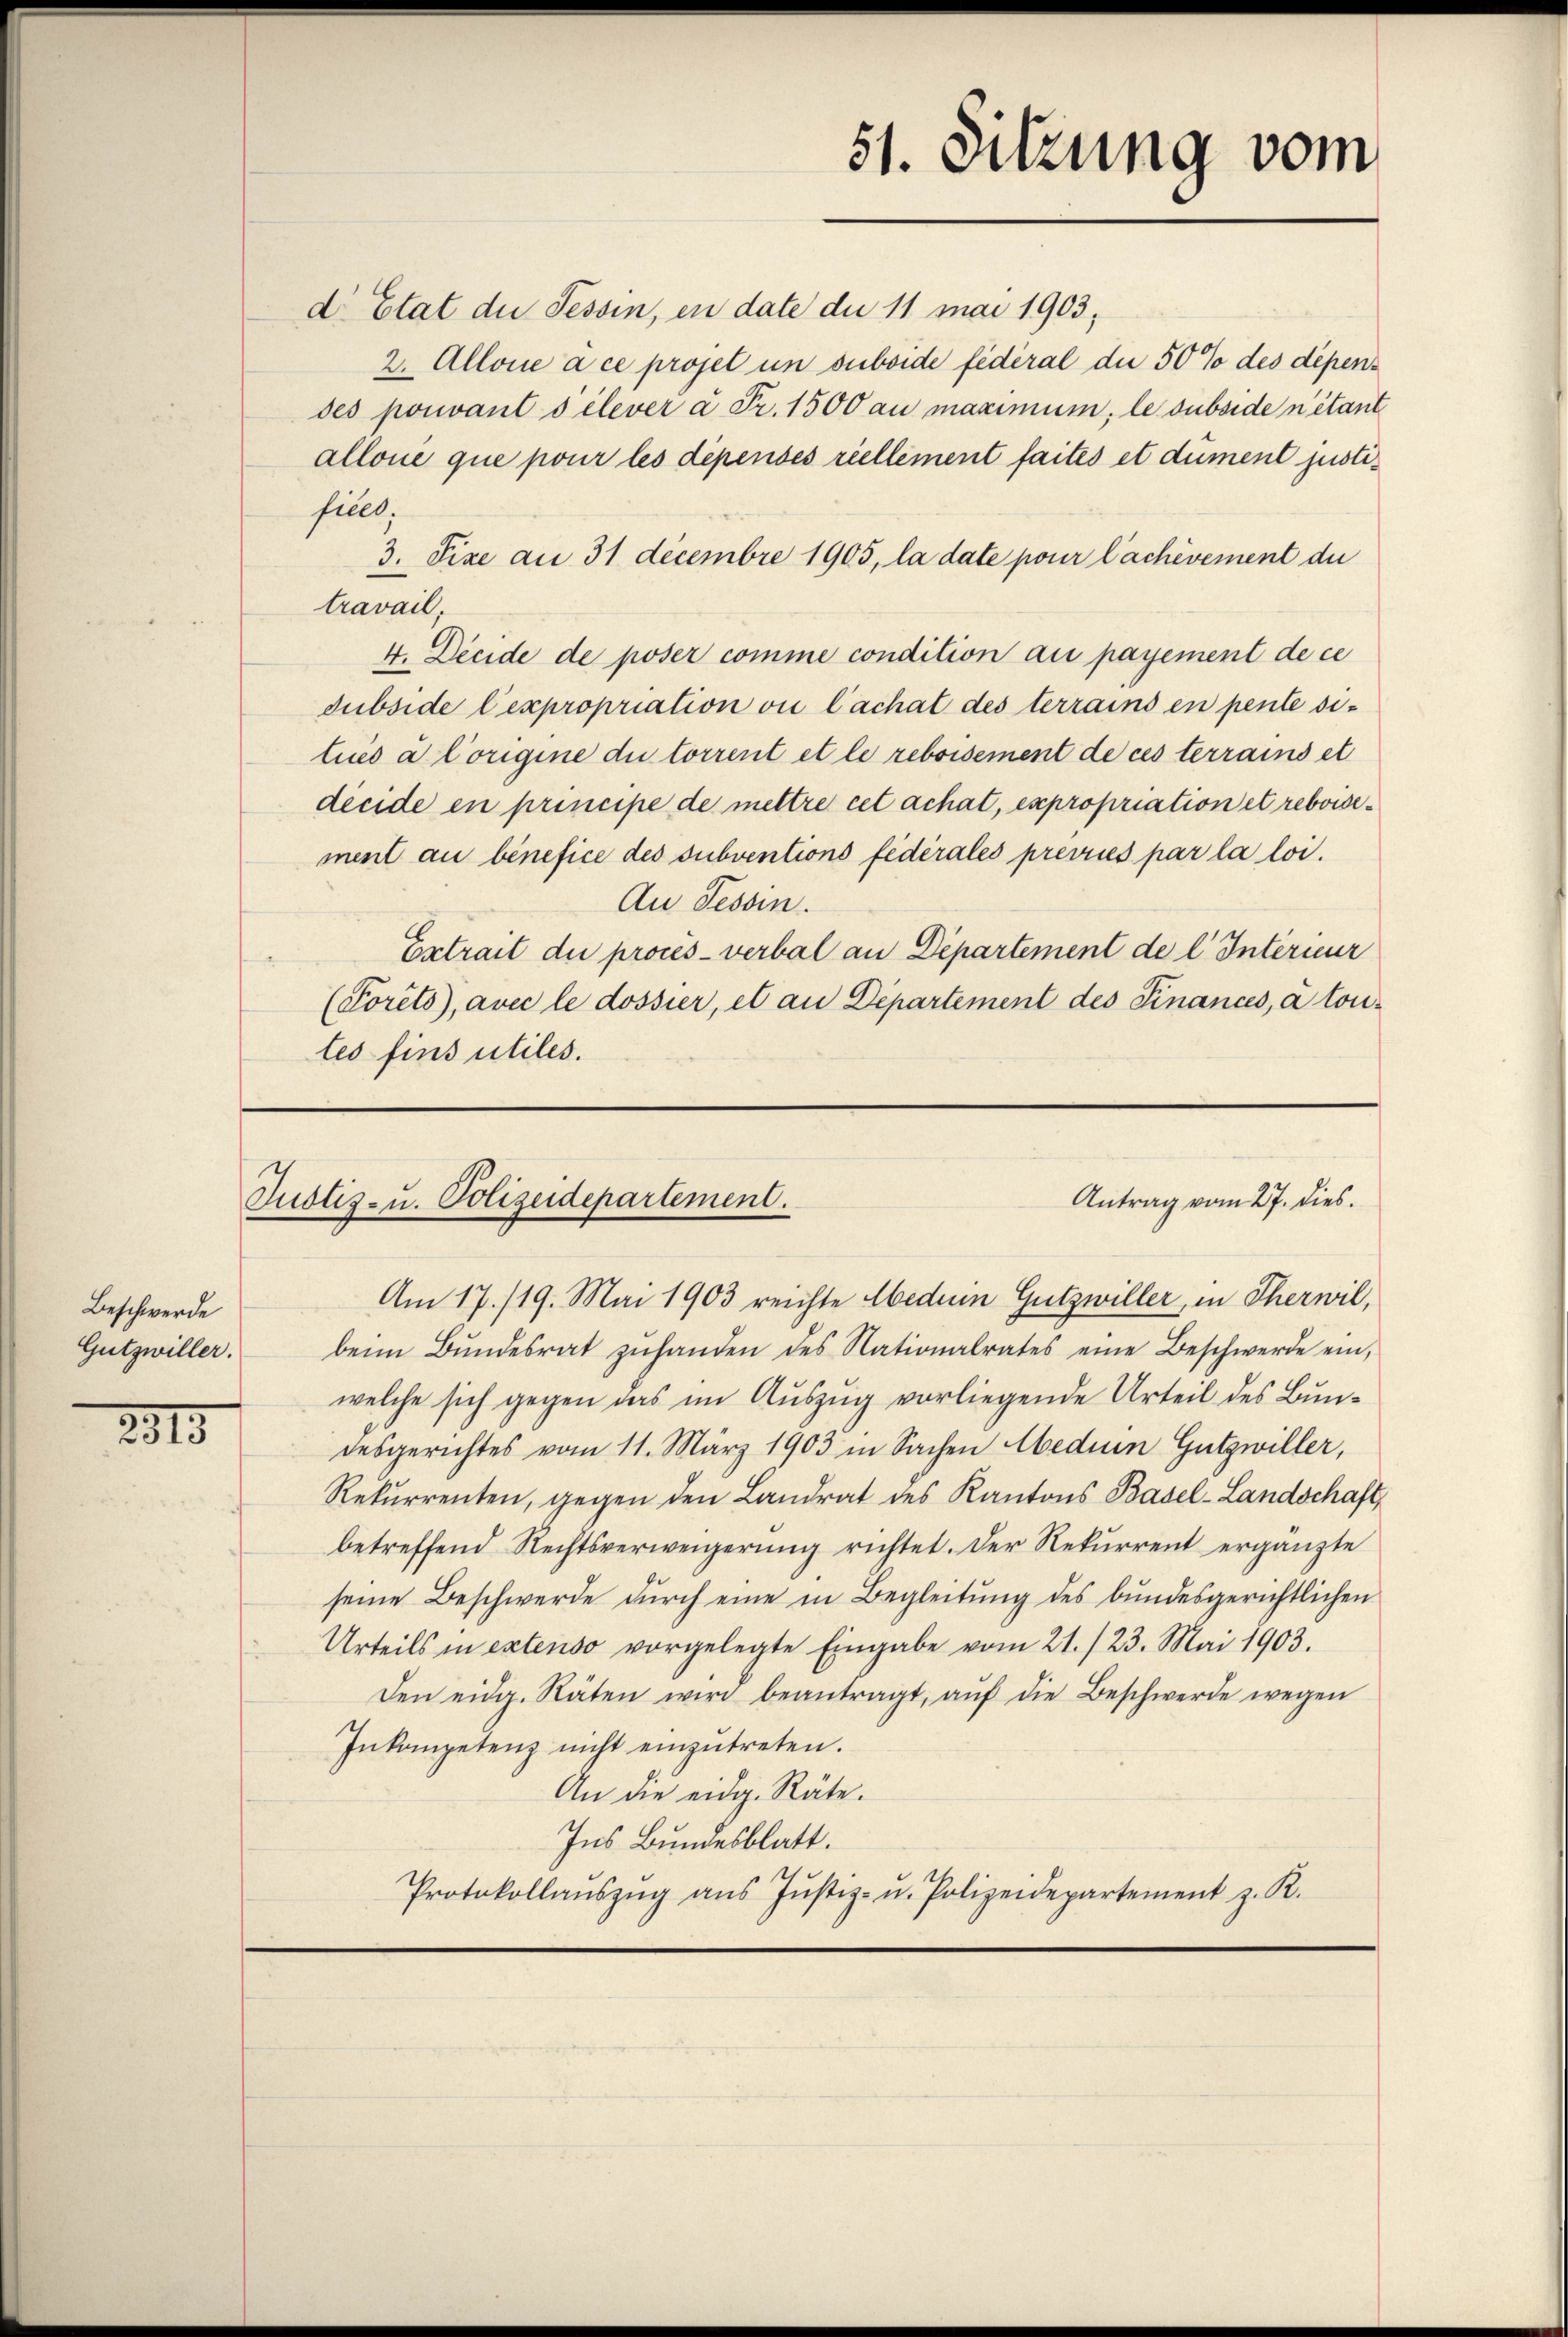
2315

C

Beschwerde
Gutzwiller.

d Etat die Tessin, en date die 11 mai 1903,
2. Allone à ce projet un ouboide fédéral die 50% des dépendes pouvant s élever à Fr. 1500 au maximum, le subside n’étant
allone que pour les dépenses riellement faites et dument justifiell.
3. Pixe an 31 decembre 1905, la date pour lachèvement du
travail,
4. Decide de poser comme condition au payement de ce
subside l’expropriation vi lachat des terrains en pente si-
lues à Corigine du torrent et le reboisement de ces terrains et
décide en principe de mettre cet achat, expropriation et reboisement au benefice des subventions fédérales prévues par la loi.
Au Tessin.
Extrait die procès-verbal an Departement de l Interneur
(Porêts, avec le dossier, et an Departement des Finances, à tou-
les fins utiles.
Antrag vom 27. dies.
Justiz- u. Polizeidepartement.
Am 17./19. Mai 1903 reichte Aeduin Gutzwiller, in Therwil,
beim Bŭndesrat zŭhanden des Nationalrates eine Beschwerde ein,
welche sich gegen das im Auszug vorliegende Urteil des Bundesgerichtes vom 11. März 1903 in Sachen beduen Gutzwiller,
Rekurrenten, gegen den Landrat des Kantons Basel-Landschaft,
betreffend Rechtsverweigerung richtet. Der Rekurrent ergänzte
seine Beschwerde durch eine in Begleitung des bundesgerichtlichen
Urteils in extenso vorgelegte Eingabe vom 21./23. Mai 1903.
den eidg. Räten wird beantragt, aŭf die Beschwerde wegen
Inkompetenz nicht einzŭtreten.
An die eidg. Räte.
Ins Bundesblatt.
Protokollaŭszŭg aŭs Jŭstiz- u. Polizeidepartement z. R.

51. Sitzung vom